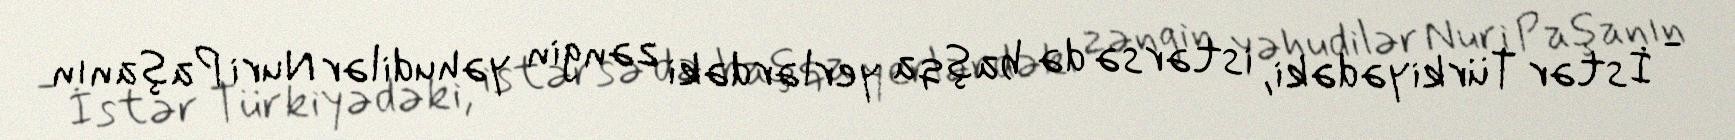
- İstər Türkiyədəki, istərsə də başqa yerlərdəki zəngin yəhudilər Nuri Paşanın